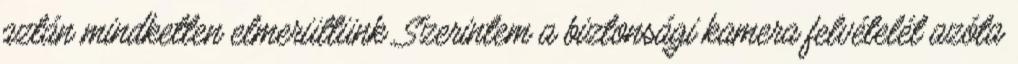
aztán mindketten elmerültünk. Szerintem a biztonsági kamera felvételét azóta